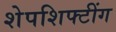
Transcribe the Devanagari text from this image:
शेपशिफ्टींग